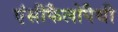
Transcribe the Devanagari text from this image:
एंसीफैलोपैथी